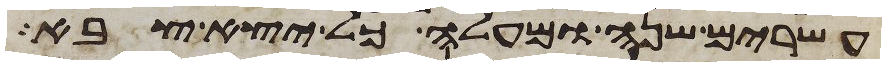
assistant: עשרים שנה ומעלה כל יצא צבא